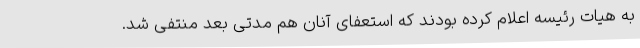
به هیات رئیسه اعلام کرده بودند که استعفای آنان هم مدتی بعد منتفی شد.